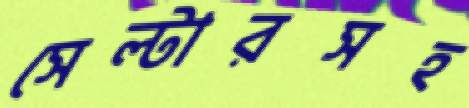
সেল্টারসহ